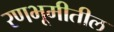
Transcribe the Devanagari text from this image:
रणभूमीतील